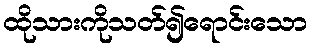
ထိုသားကိုသတ်၍ရောင်းသော